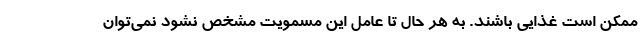
ممکن است غذایی باشند. به هر حال تا عامل این مسمویت مشخص نشود نمی‌توان